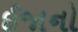
ઈજાનો